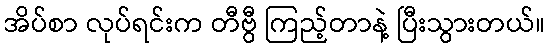
အိပ်စာ လုပ်ရင်းက တီဗွီ ကြည့်တာနဲ့ ပြီးသွားတယ်။